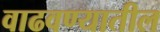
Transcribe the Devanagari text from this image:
वाढवण्यातील